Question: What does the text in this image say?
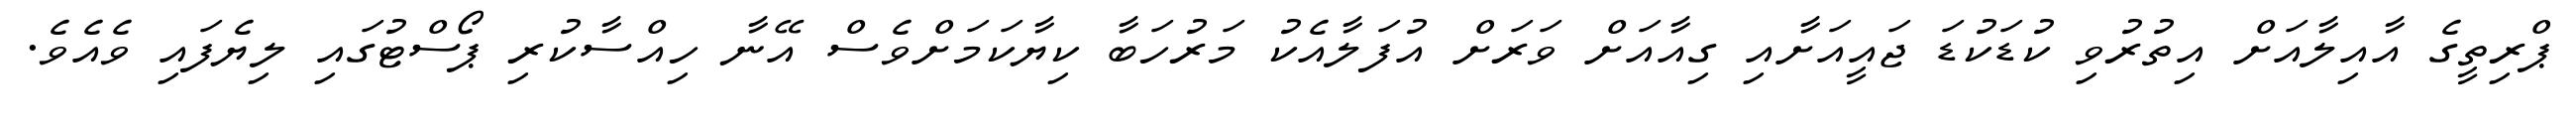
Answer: ޕްރިތީގެ އާއިލާއަށް އިތުރުވި ކުޑަކުޑަ ޖައީއަށާއި ގިއާއަށް ވަރަށް އުފަލާއެކު މަރުހަބާ ކިޔާކަމަށްވެސް އޭނާ ހިއްސާކުރި ޕޯސްޓުގައި ލިޔެފައި ވެއެވެ.